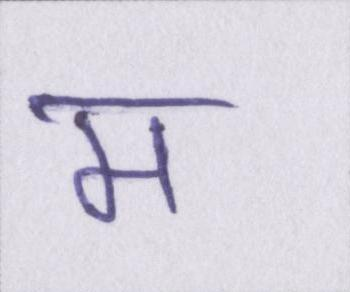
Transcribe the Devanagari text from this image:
म